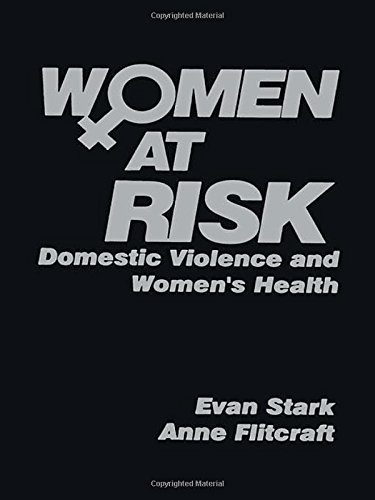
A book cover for Women at Risk: Domestic Violence and Women's Health; Evan D. Stark; Health, Fitness & Dieting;